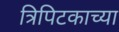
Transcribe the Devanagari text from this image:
त्रिपिटकाच्या